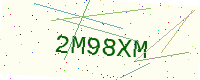
Text: 2M98XM